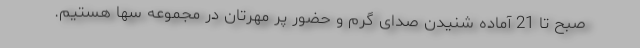
صبح تا 21 آماده شنیدن صدای گرم و حضور پر مهرتان در مجموعه سها هستیم.